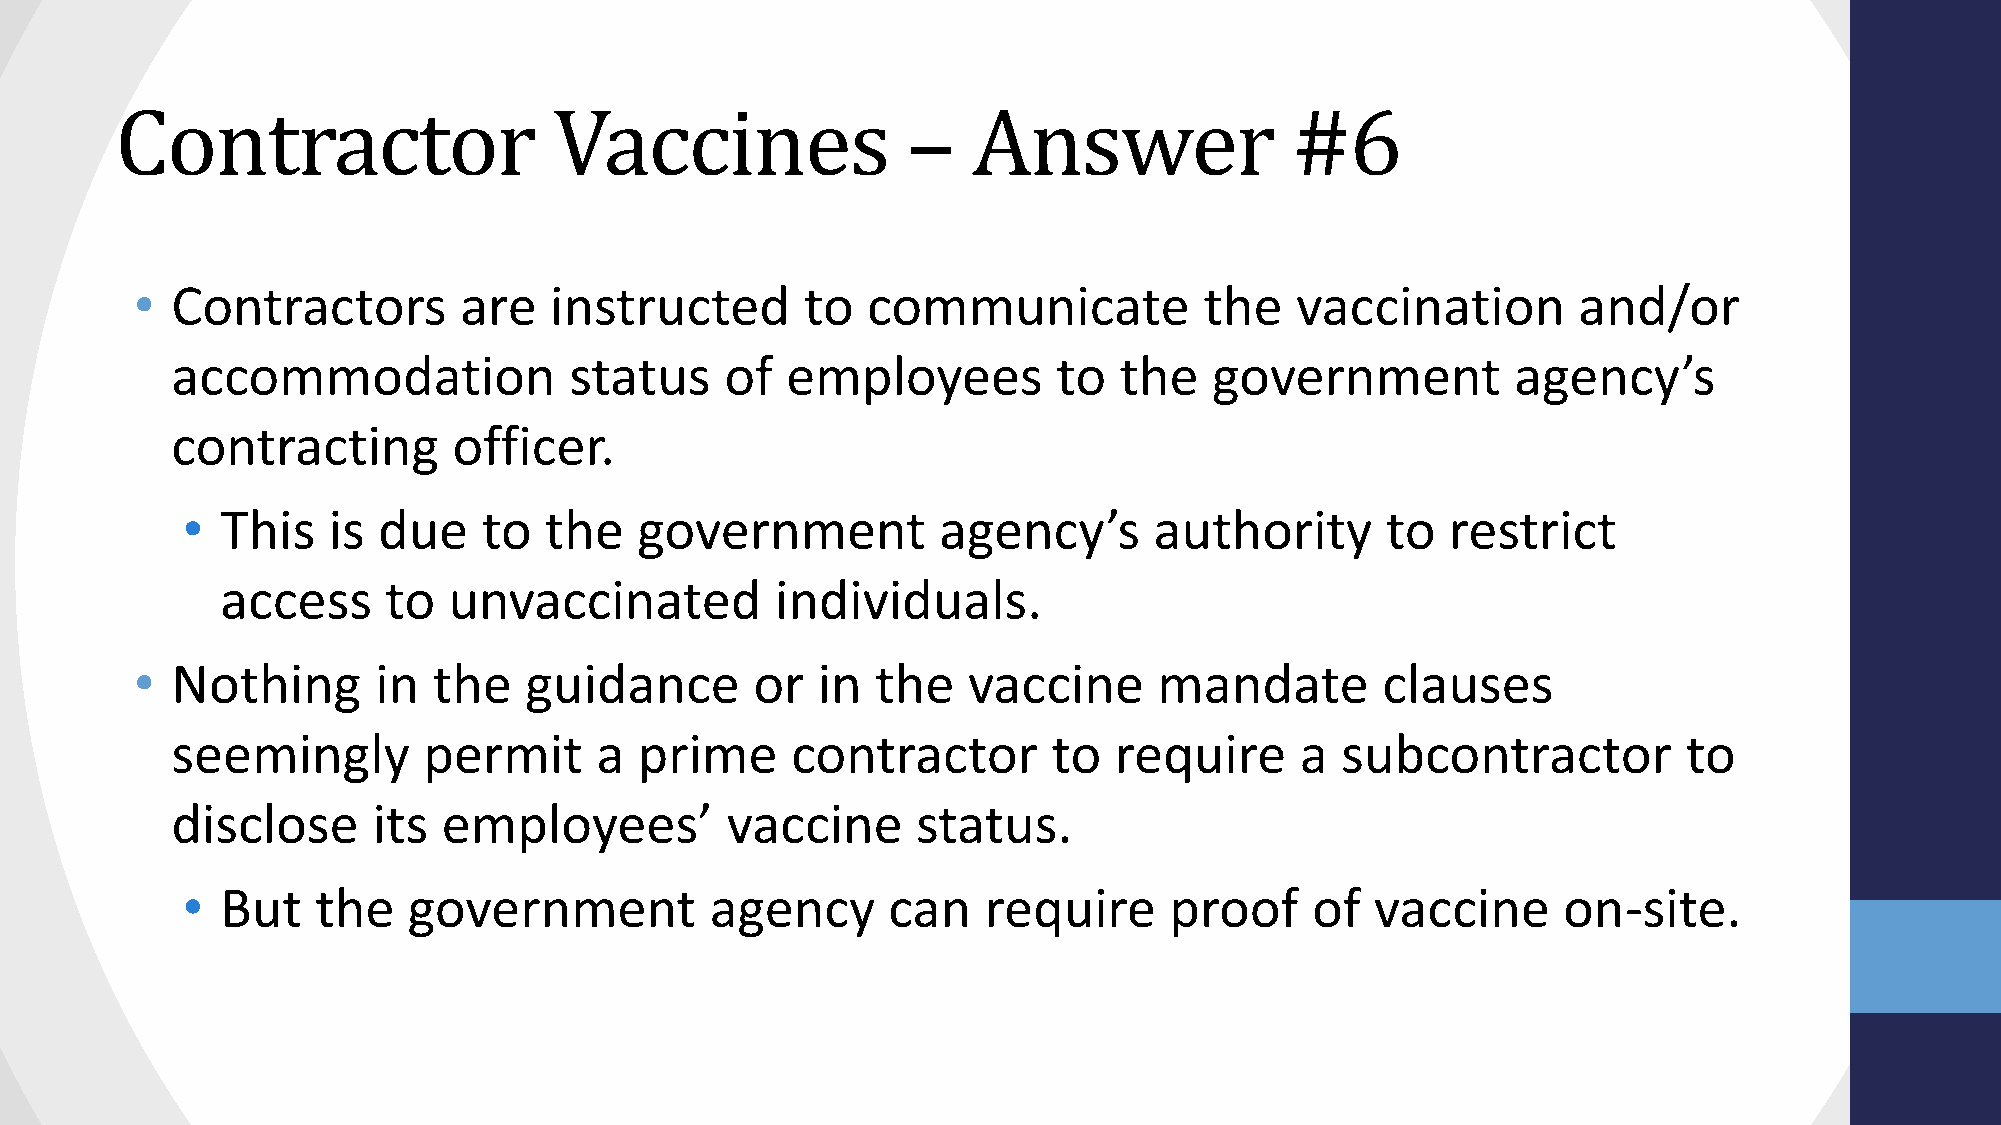
Contractor                   Vaccines               –   Answer                #6
 • Contractors        are   instructed       to  communicate            the   vaccination       and/or
 accommodation              status    of  employees         to  the   government          agency’s
 contracting        officer.
 •  This   is due    to  the   government          agency’s      authority       to  restrict
 access    to   unvaccinated         individuals.
 • Nothing       in  the   guidance       or  in  the   vaccine      mandate       clauses
 seemingly        permit     a  prime     contractor        to  require     a  subcontractor          to
 disclose      its employees’         vaccine      status.
 •  But   the   government          agency      can   require     proof     of  vaccine     on-site.